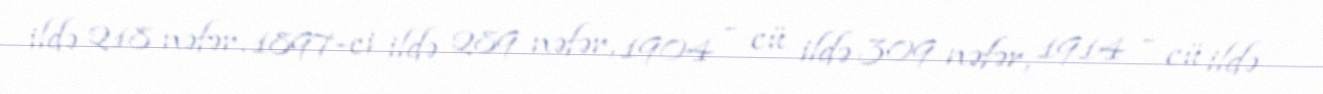
ildə 218 nəfər, 1897-ci ildə 289 nəfər, 1904 - cü ildə 309 nəfər, 1914 - cü ildə